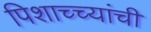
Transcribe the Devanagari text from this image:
पिशाच्च्यांची